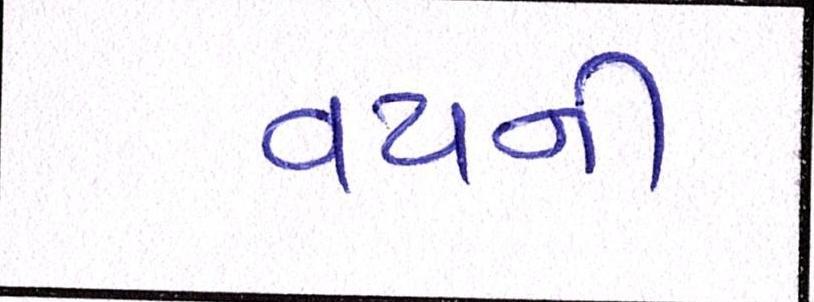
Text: વયની